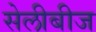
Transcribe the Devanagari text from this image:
सेलीबीज